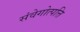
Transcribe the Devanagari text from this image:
संवेगोत्पत्ति